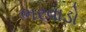
ભરવાડો